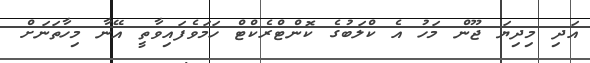
އަދި މިދިޔަ ޖޫން މަހު އެ ކްލަބުގެ ކޮންޓްރެކްޓް ހަމަވެފައިވާތީ އޭނާ މިހާތަނަށް